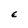
Character: E